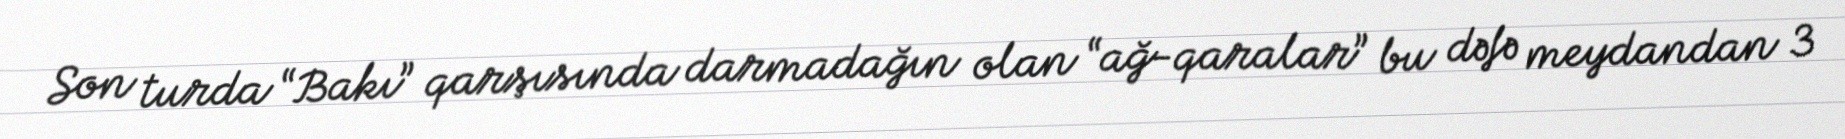
Son turda “Bakı” qarşısında darmadağın olan “ağ-qaralar” bu dəfə meydandan 3